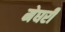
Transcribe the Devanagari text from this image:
मेघरी